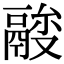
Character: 𩰼